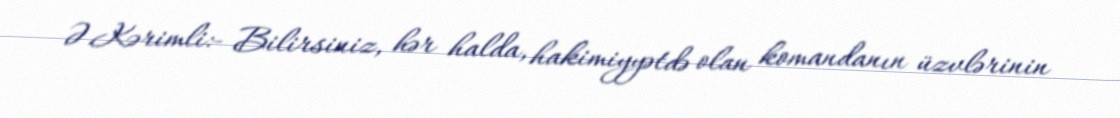
Ə.Kərimli:- Bilirsiniz, hər halda, hakimiyyətdə olan komandanın üzvlərinin